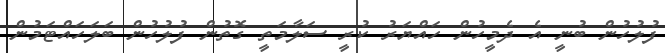
ފުލުހުން ބުނީ އެ ދެމީހުން ހައްޔަރު ކުރީ ސަލާމަތީ ގޮތުން ފުލުހުން ބަލަހައްޓަމުން